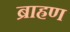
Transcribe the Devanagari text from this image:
ब्राह्रण